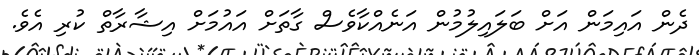
ދެން އައިމަން އަށް ބަލައިލުމުން އަނެއްކާވެސް ގާތަށް އައުމަށް އިޝާރާތް ކުރި އެވެ.